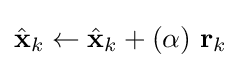
{\hat {\textbf {x}}}_{k}\leftarrow {\hat {\textbf {x}}}_{k}+(\alpha )\ {\textbf {r}}_{k}